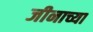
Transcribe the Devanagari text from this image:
जीनाच्या